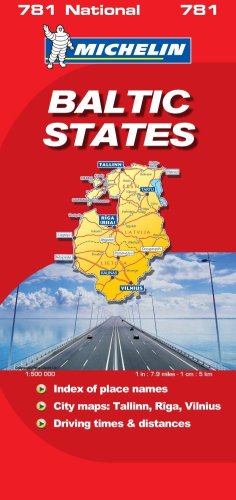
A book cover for Baltic States 2007 (Michelin National Maps); Travel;